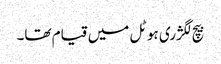
بیچ لگژری ہوٹل میں قیام تھا۔